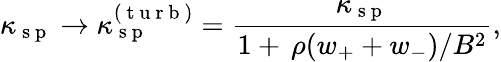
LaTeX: \kappa_{\mathrm{~s~p~}}\rightarrow\kappa_{\mathrm{~s~p~}}^{(\mathrm{~t~u~r~b~})}=\frac{\kappa_{\mathrm{~s~p~}}}{1+\, \rho(w_{+}+w_{-})/B^{2}},